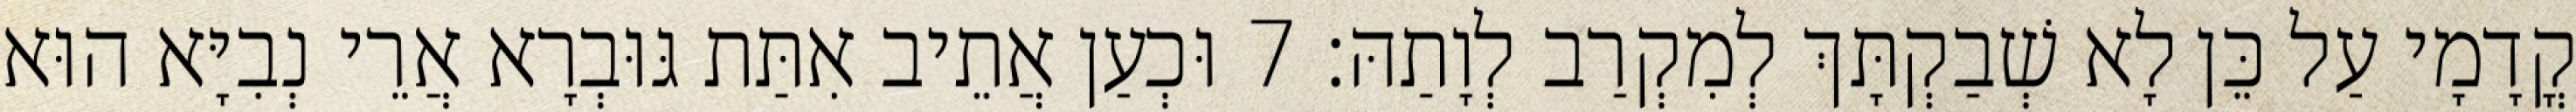
קֳדָמָי עַל כֵּן לָא שְׁבַקְתָּךְ לְמִקְרַב לְוָתַהּ׃ 7 וּכְעַן אֲתֵיב אִתַּת גּוּבְרָא אֲרֵי נְבִיָּא הוּא